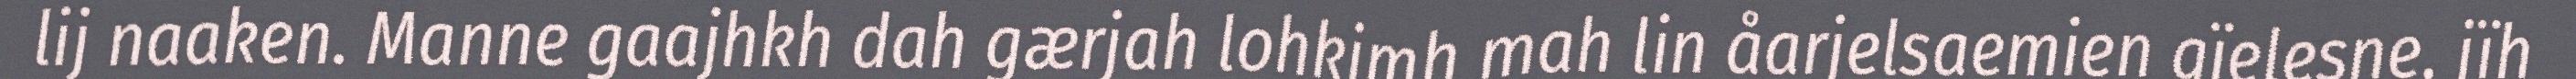
lij naaken. Manne gaajhkh dah gærjah lohkimh mah lin åarjelsaemien gïelesne, jïh